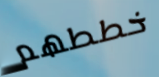
خططهم